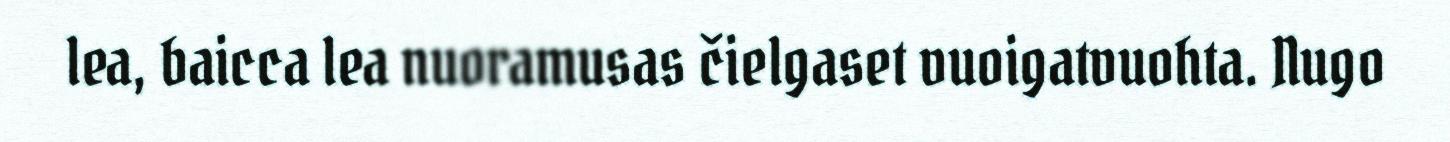
lea, baicca lea nuoramusas čielgaset vuoigatvuohta. Nugo